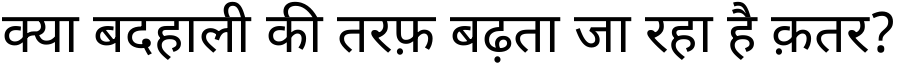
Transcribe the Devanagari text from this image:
क्या बदहाली की तरफ़ बढ़ता जा रहा है क़तर?